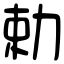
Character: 勅